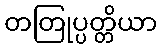
တတြုပ္ပတ္တိယာ